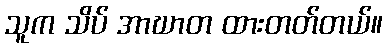
သူက သိပ် အာဃာတ ထားတတ်တယ်။